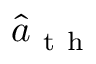
\hat { a } _ { \mathrm { ~ t ~ h ~ } }